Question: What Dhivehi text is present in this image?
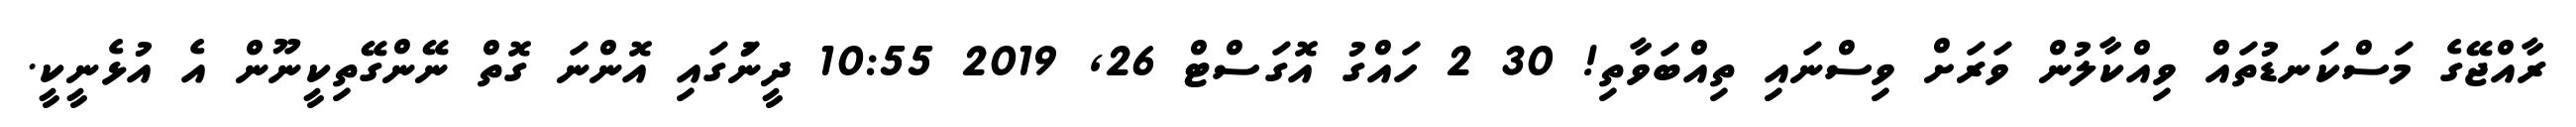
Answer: ރާއްޖޭގެ މަސްކަނޑުތައް ވިއްކާލުން ވަރަށް ވިސްނައި ތިއްބަވާތި! 30 2 ހައްގު އޮގަސްޓް 26, 2019 10:55 ދީނުަގައި އޮންނަ ގޮތް ނޭންގޭތިކީނޫން އެ އުޅެނީކީ.